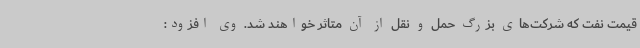
قیمت نفت که شرکت‌های بزرگ حمل و نقل از آن متاثر خواهند شد. وی افزود: